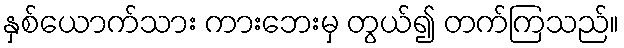
နှစ်ယောက်သား ကားဘေးမှ တွယ်၍ တက်ကြသည်။